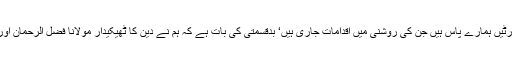
پلوامہ واقعہ کے بعد بلوچستان میں دشمن کی طرف سے دہشت گردی بڑھنے کی انٹیلی جنس رپورٹیں ہمارے پاس ہیں جن کی روشنی میں اقدامات جاری ہیں‘ بدقسمتی کی بات ہے کہ ہم نے دین کا ٹھیکیدار مولانا فضل الرحمان اور ان جیسے دوسرے لوگوں کو بنا دیا‘ ان جیسے لوگوں نے ہمیں اوردین کو یرغمال بنا رکھا ہے ۔